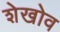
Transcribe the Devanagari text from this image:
शेखोव